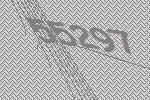
55297